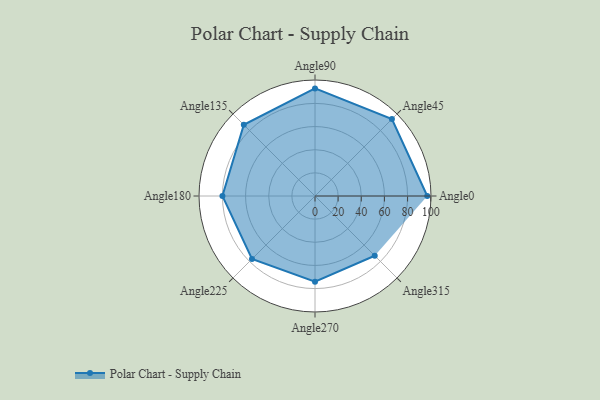
{"axis": {"x": "Angle", "y": "Radius"}, "legend": [""], "data": [{"x": "Angle0", "y": 97.0, "type": ""}, {"x": "Angle45", "y": 94.0, "type": ""}, {"x": "Angle90", "y": 93.0, "type": ""}, {"x": "Angle135", "y": 87.0, "type": ""}, {"x": "Angle180", "y": 80.0, "type": ""}, {"x": "Angle225", "y": 77.0, "type": ""}, {"x": "Angle270", "y": 74.0, "type": ""}, {"x": "Angle315", "y": 73.0, "type": ""}]}